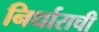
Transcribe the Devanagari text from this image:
निर्धाराची